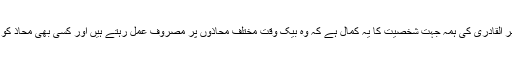
شیخ الاسلام ڈاکٹر محمد طاہر القادری کی ہمہ جہت شخصیت کا یہ کمال ہے کہ وہ بیک وقت مختلف محاذوں پر مصروفِ عمل رہتے ہیں اور کسی بھی محاذ کو نظر انداز نہیں ہونے دیتے۔